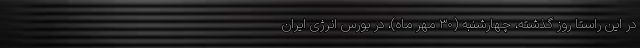
در این راستا روز گذشته، چهارشنبه (۳۰ مهر ماه)، در بورس انرژی ایران